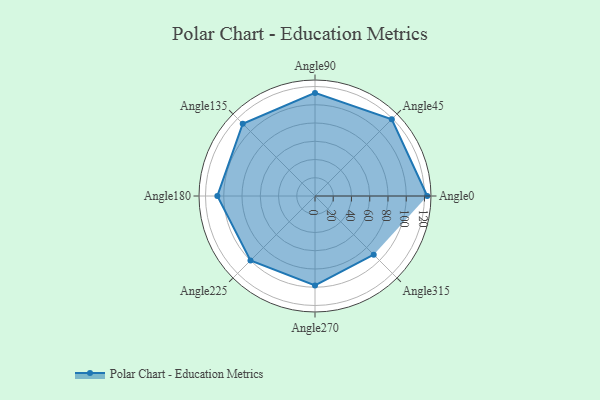
{"axis": {"x": "Angle", "y": "Radius"}, "legend": [""], "data": [{"x": "Angle0", "y": 123.0, "type": ""}, {"x": "Angle45", "y": 119.0, "type": ""}, {"x": "Angle90", "y": 113.0, "type": ""}, {"x": "Angle135", "y": 112.0, "type": ""}, {"x": "Angle180", "y": 107.0, "type": ""}, {"x": "Angle225", "y": 100.0, "type": ""}, {"x": "Angle270", "y": 98.0, "type": ""}, {"x": "Angle315", "y": 91.0, "type": ""}]}